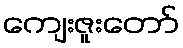
ကျေးဇူးတော်